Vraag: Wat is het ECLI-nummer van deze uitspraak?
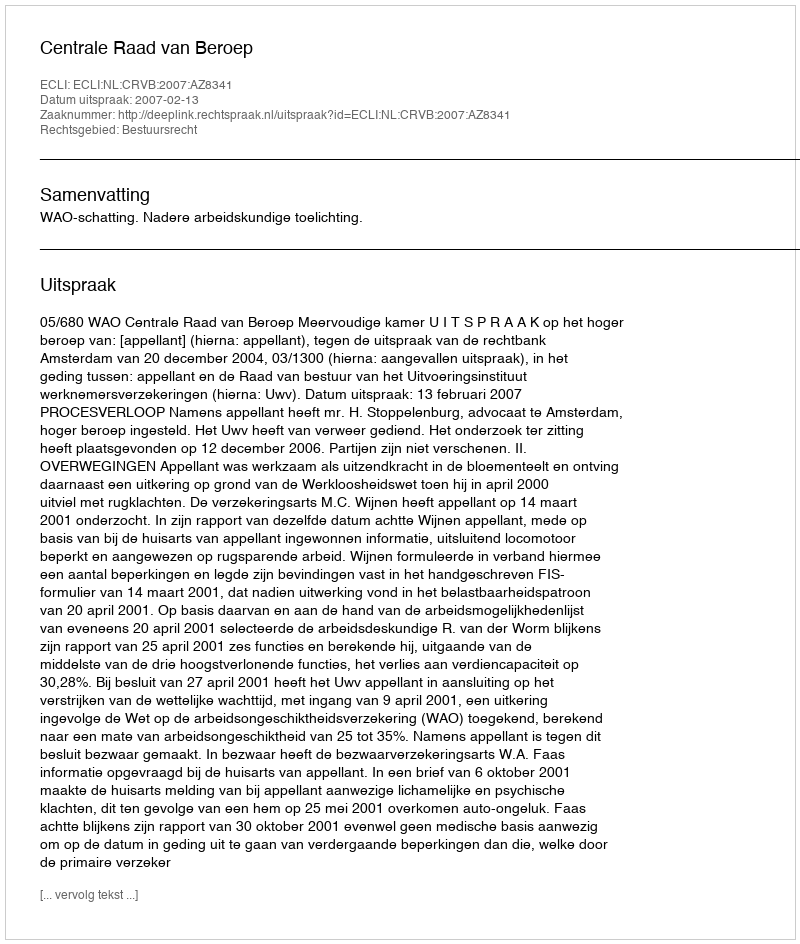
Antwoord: ECLI:NL:CRVB:2007:AZ8341